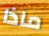
ماذا